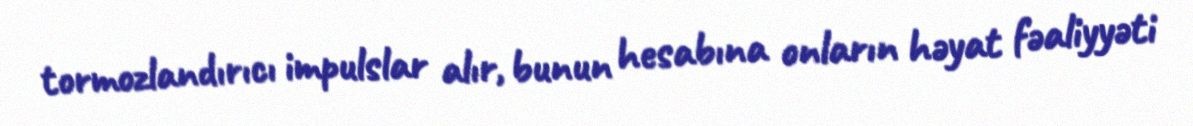
tormozlandırıcı impulslar alır, bunun hesabına onların həyat fəaliyyəti